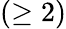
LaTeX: (\geq 2)